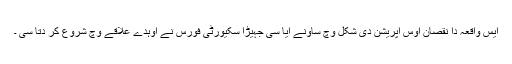
ایس واقعہ دا نقصان اوس آپریشن دی شکل وچ ساونے آیا سی جہیڑا سکیورٹی فورس نے اوہدے علاقے وچ شروع کر دتا سی ۔